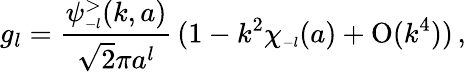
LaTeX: g_{l}=\frac{\psi_{\scriptscriptstyle{-l}}^{>}(k,a)}{\sqrt 2\pi a^{l}}\, (1-k^{2}\chi_{\scriptscriptstyle{-l}}(a)+\mathrm{O}(k^{4}))\, ,